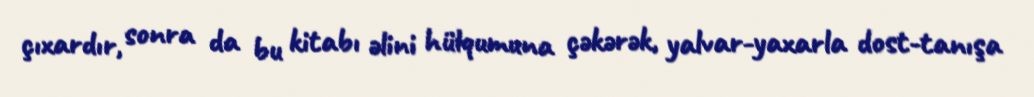
çıxardır, sonra da bu kitabı əlini hülqumuna çəkərək, yalvar-yaxarla dost-tanışa